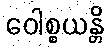
ဝေါစ္စယန္တိ